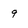
Character: 9